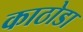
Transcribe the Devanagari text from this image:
काठोडा